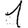
Digit: 1